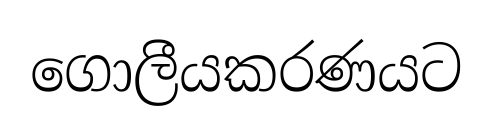
ගොලීයකරණයට